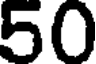
50